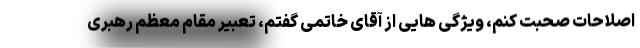
اصلاحات صحبت کنم، ویژگی هایی از آقای خاتمی گفتم، تعبیر مقام معظم رهبری